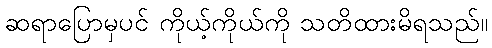
ဆရာပြောမှပင် ကိုယ့်ကိုယ်ကို သတိထားမိရသည်။